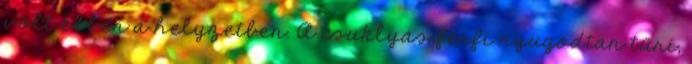
volt ebben a helyzetben. A csuklyás férfi nyugodtan tűri,